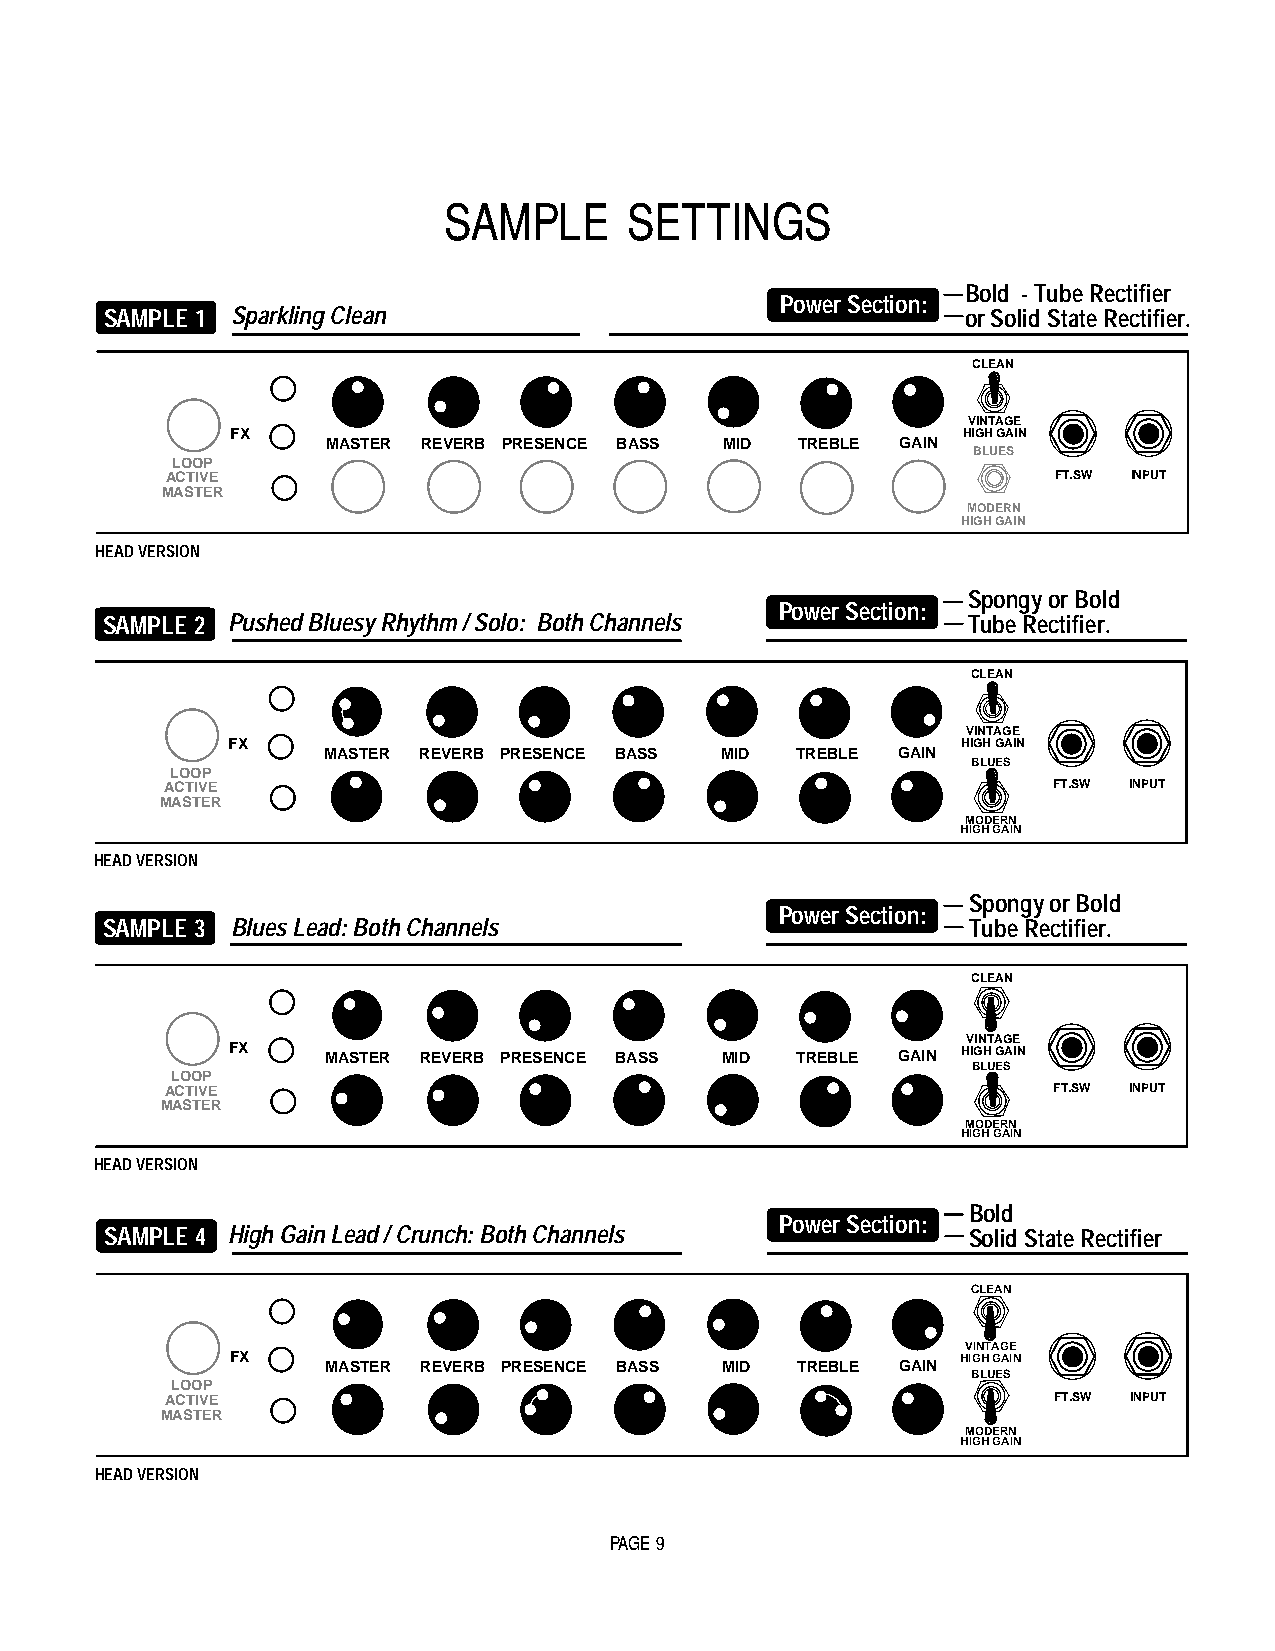
SAMPLE      SETTINGS
 Bold - Tube Rectifier
 Power Section:
 SAMPLE 1 Sparkling Clean                                 or Solid State Rectifier.
 CLEAN
 VINTAGE
 FX                                               HIGH GAIN
 MASTER REVERB PRESENCE BASS MID TREBLE GAIN
 BLUES
 LOOP
 ACTIVE                                                     FT.SW INPUT
 MASTER
 MODERN
 HIGH GAIN
 HEAD VERSION
 Spongy or Bold
 Power Section:
 SAMPLE 2 Pushed Bluesy Rhythm / Solo: Both Channels      Tube Rectifier.
 CLEAN
 VINTAGE
 FX                                               HIGH GAIN
 MASTER REVERB PRESENCE BASS MID TREBLE GAIN
 BLUES
 LOOP
 ACTIVE                                                     FT.SW INPUT
 MASTER
 MODERN
 HIGH GAIN
 HEAD VERSION
 Spongy or Bold
 Power Section:
 SAMPLE 3 Blues Lead: Both Channels                       Tube Rectifier.
 CLEAN
 VINTAGE
 FX     MASTER REVERB PRESENCE BASS MID TREBLE GAIN HIGH GAIN
 BLUES
 LOOP
 ACTIVE                                                     FT.SW INPUT
 MASTER
 MODERN
 HIGH GAIN
 HEAD VERSION
 Bold
 Power Section:
 SAMPLE 4 High Gain Lead / Crunch: Both Channels          Solid State Rectifier
 CLEAN
 VINTAGE
 FX     MASTER REVERB PRESENCE BASS MID TREBLE GAIN HIGH GAIN
 BLUES
 LOOP
 ACTIVE                                                     FT.SW INPUT
 MASTER
 MODERN
 HIGH GAIN
 HEAD VERSION
 PAGE 9